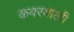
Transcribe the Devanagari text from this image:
कवरवाली